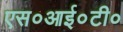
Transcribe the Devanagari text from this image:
एस०आई०टी०